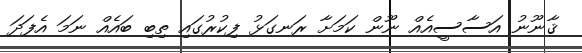
ޤާނޫނު އަސާސީއެއް ނޫން ކަމަށާ ރަނގަޅު ފިކުރުގައި ތިބި ބައެއް ނަމަ އެފަދަ